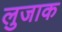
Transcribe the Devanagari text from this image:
लुजाक